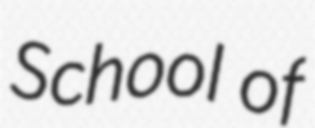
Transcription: School of